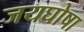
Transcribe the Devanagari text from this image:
जयघोषा